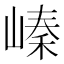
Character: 𡻈